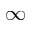
\infty